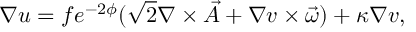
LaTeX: \nabla u = f e ^ { - 2 \phi } ( \sqrt { 2 } \nabla \times \vec { A } + \nabla v \times \vec { \omega } ) + \kappa \nabla v ,